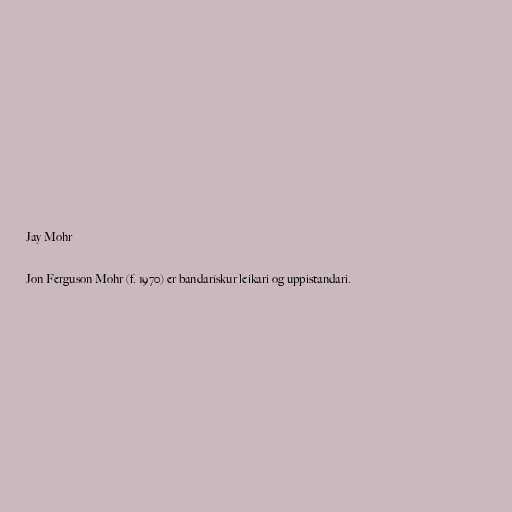
Jay Mohr

Jon Ferguson Mohr (f. 1970) er bandarískur leikari og uppistandari.